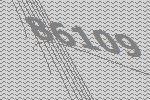
86109